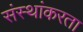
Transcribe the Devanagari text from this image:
संस्थांकरता